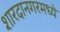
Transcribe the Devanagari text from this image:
शारदानगरमध्ये